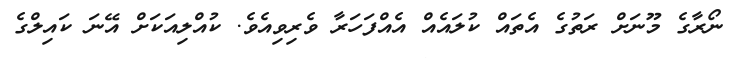
ނޯރާގެ މޫނަށް ރަތުގެ އެތައް ކުލައެއް އެއްފަހަރާ ވެރިވިއެވެ. ކުއްލިއަކަށް އޭނަ ކައިލްގެ